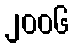
၂၀၀၆